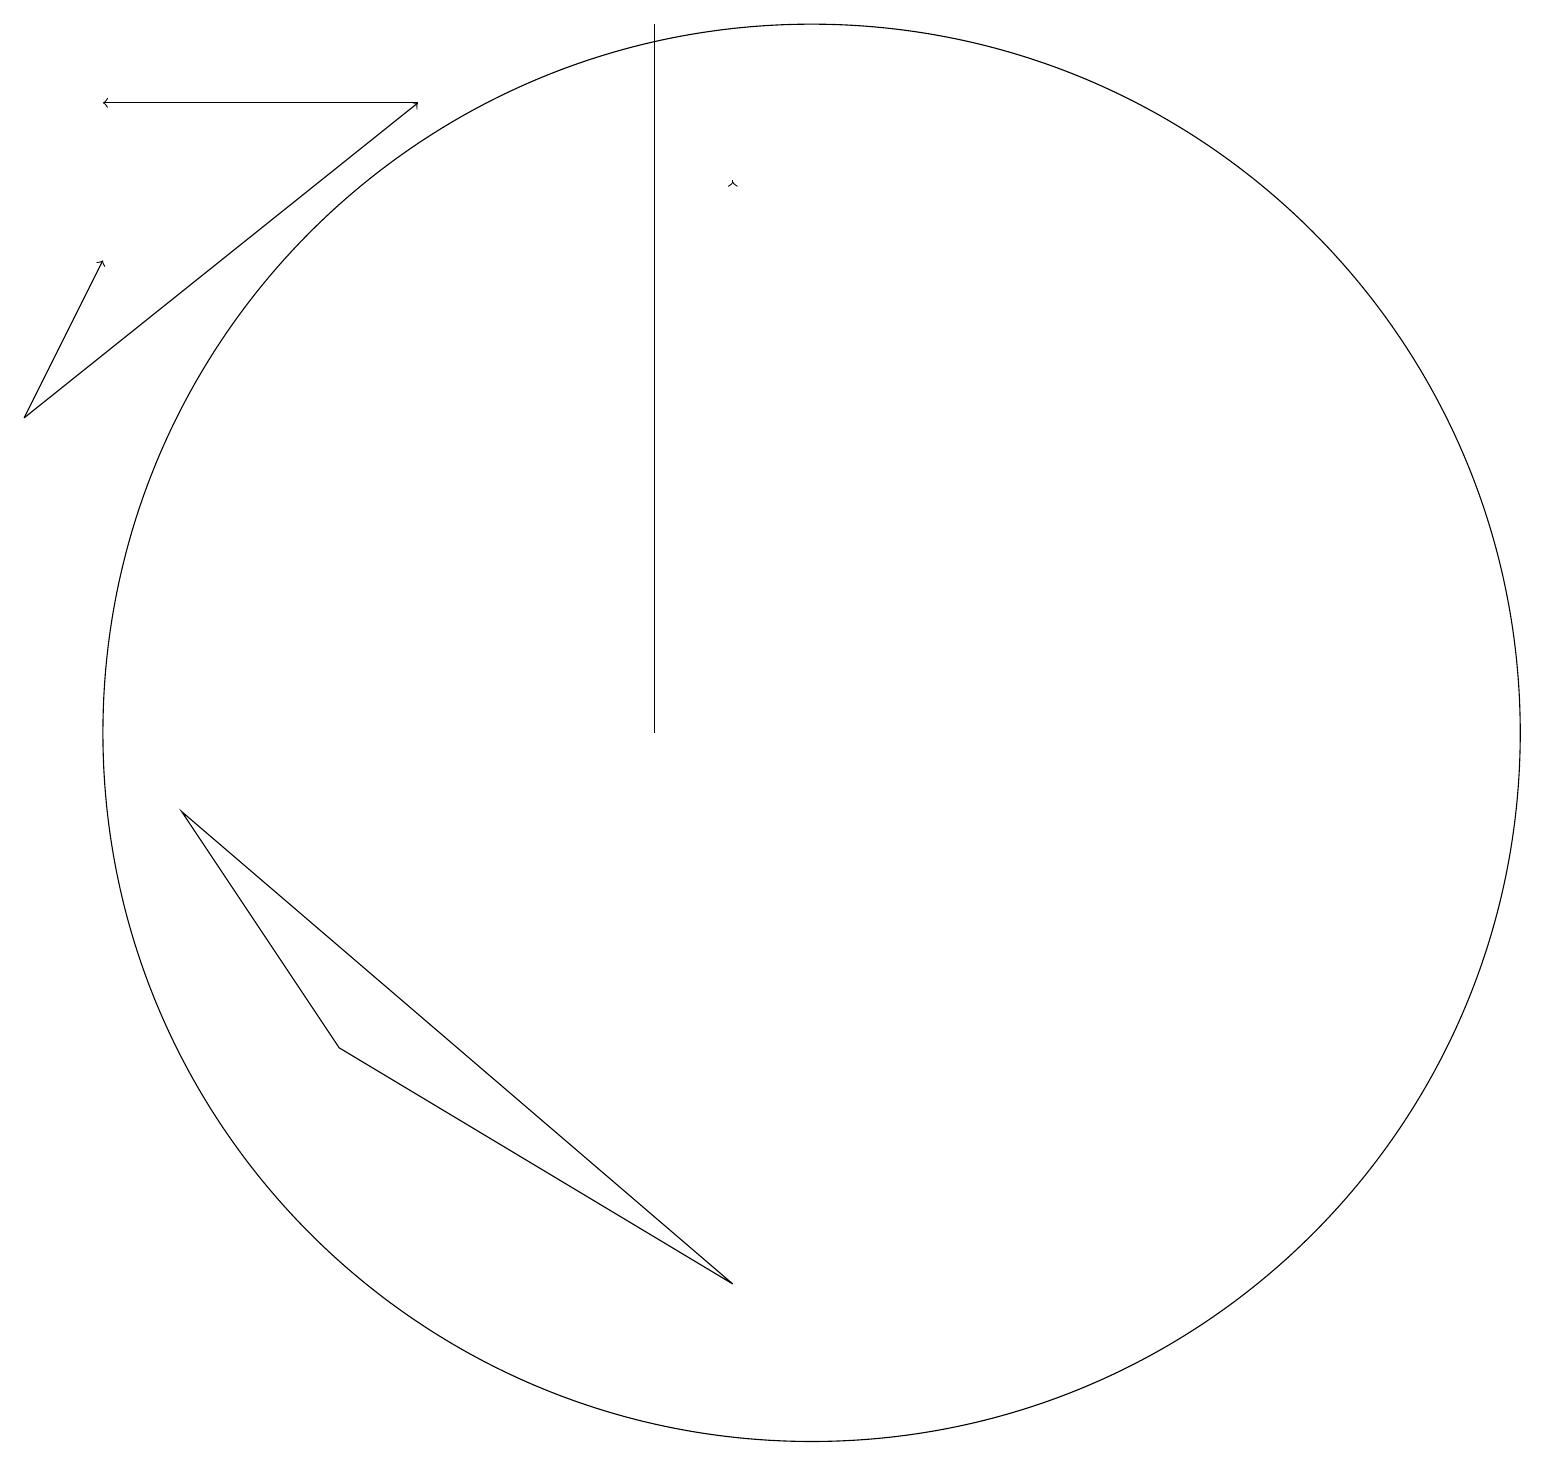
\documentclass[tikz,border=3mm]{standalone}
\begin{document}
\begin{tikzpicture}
\draw[->] (0,14) -- (5,18);
\draw (9,3) -- (4,6) -- (2,9) -- cycle;
\draw[->] (9,17) -- (9,17);
\draw (10,10) circle (0);
\draw[->] (5,18) -- (1,18);
\draw (10,10) circle (9);
\draw[->] (0,14) -- (1,16);
\draw (8,19) rectangle (8,10);
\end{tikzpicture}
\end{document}